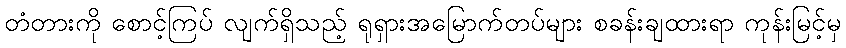
တံတားကို စောင့်ကြပ် လျက်ရှိသည့် ရုရှားအမြောက်တပ်များ စခန်းချထားရာ ကုန်းမြင့်မှ